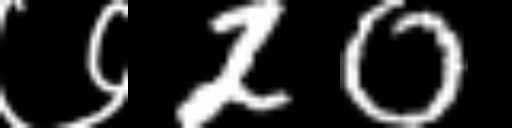
Text: ७20